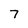
Character: 7